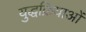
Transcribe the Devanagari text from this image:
युद्धक्रियाओं